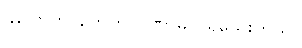
ခုပြောတာတွေက ပဏာမပဲ ရှိသေးတယ်။